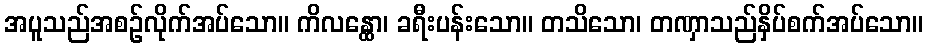
အပူသည်အစဉ်လိုက်အပ်သော။ ကိလန္ထော၊ ခရီးပန်းသော။ တသိသော၊ တဏှာသည်နှိပ်စက်အပ်သော။